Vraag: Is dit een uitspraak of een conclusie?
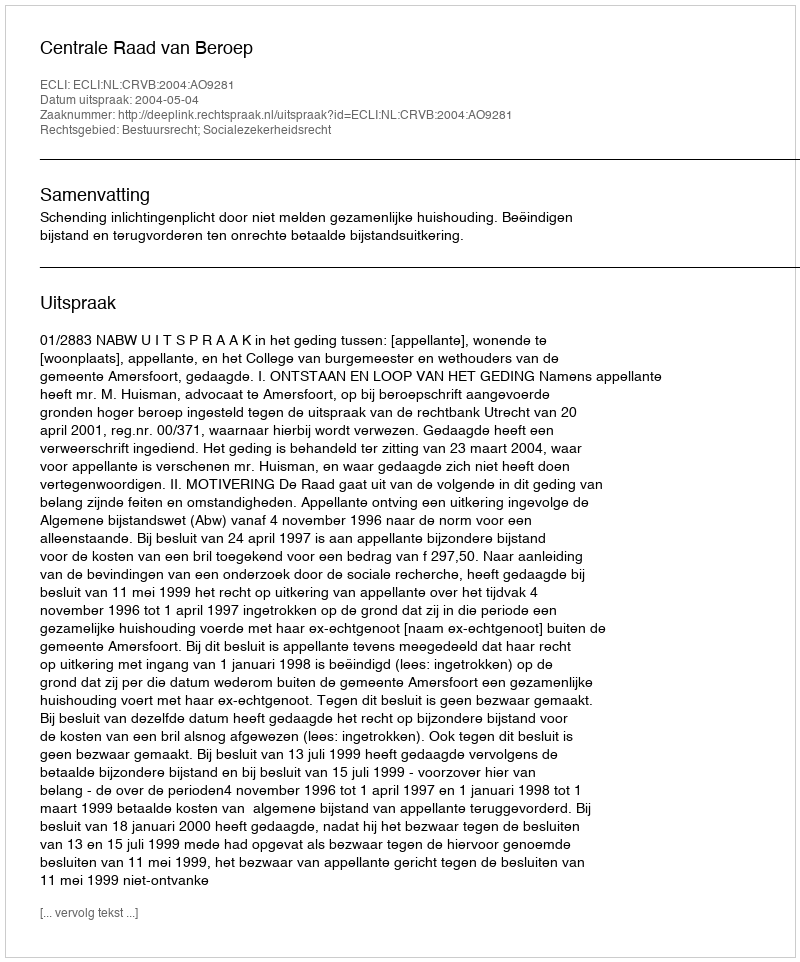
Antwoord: Uitspraak